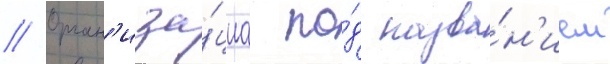
// Орган'иза́циа по́д назва́н'ием